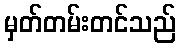
မှတ်တမ်းတင်သည်